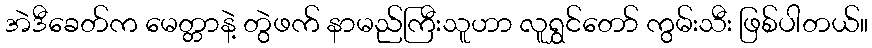
အဲဒီခေတ်က မေတ္တာနဲ့ တွဲဖက် နာမည်ကြီးသူဟာ လူရွှင်တော် ကွမ်းသီး ဖြစ်ပါတယ်။